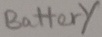
Text: Battery